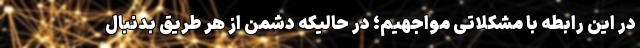
در این رابطه با مشکلاتی مواجهیم؛ در حالیکه دشمن از هر طریق بدنبال